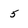
Character: 5